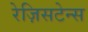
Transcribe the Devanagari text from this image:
रेज़िसटेन्स